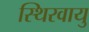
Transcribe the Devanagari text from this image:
स्थिरवायु